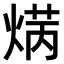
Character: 𤋲